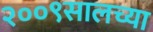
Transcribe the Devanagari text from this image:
२००९सालच्या